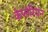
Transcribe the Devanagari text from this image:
केप्लेरियन